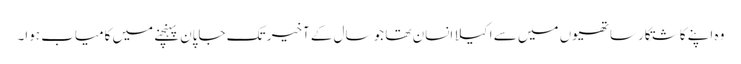
وہ اپنے کاشتکار ساتھیوں میں سے اکیلا انسان تھا جو سال کے آخیر تک جاپان پہنچنے میں کامیاب ہوا۔